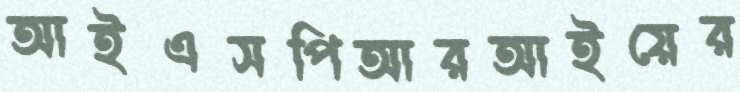
আইএসপিআরআইয়ের